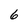
Character: 6